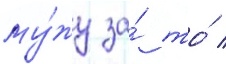
му́жу за́ то́ /